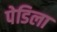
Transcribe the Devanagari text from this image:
पेडिला